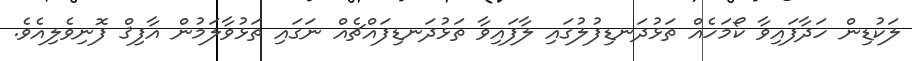
ލަކުޑިން ހަދާފައިވާ ކޯމަހެއް ތަޅުދަނޑިފުލުގައި ލާފައިވާ ތަޅުދަނޑިފައްޗެއް ނަގައި ތަޅުވާލަމުން އާފިޤް ފޮނިވެލިއެވެ.